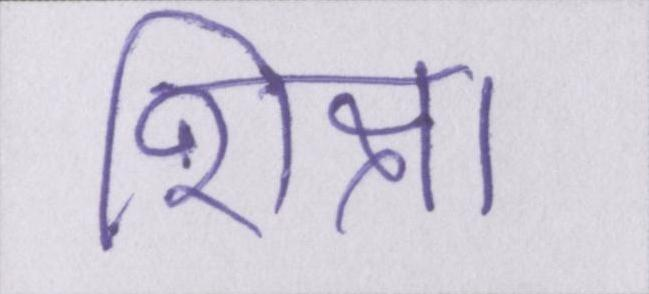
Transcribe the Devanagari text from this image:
शिक्षा